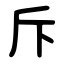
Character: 斥